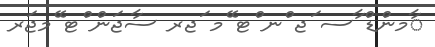
ާމންޑް ާސ ަޖ ްނ ްޓ ޭމ ަޖރ ސާޖަން ްޓ ޭމޖަރ